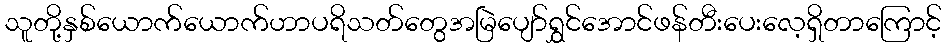
သူတို့နှစ်ယောက်ယောက်ဟာပရိသတ်တွေအမြဲပျော်ရွှင်အောင်ဖန်တီးပေးလေ့ရှိတာကြောင့်